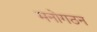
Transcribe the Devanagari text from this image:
मनोगठन